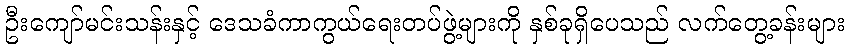
ဦးကျော်မင်းသန်းနှင့် ဒေသခံကာကွယ်ရေးတပ်ဖွဲ့များကို နှစ်ခုရှိပေသည် လက်တွေ့ခန်းများ